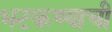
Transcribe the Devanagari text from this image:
भटकण्याची